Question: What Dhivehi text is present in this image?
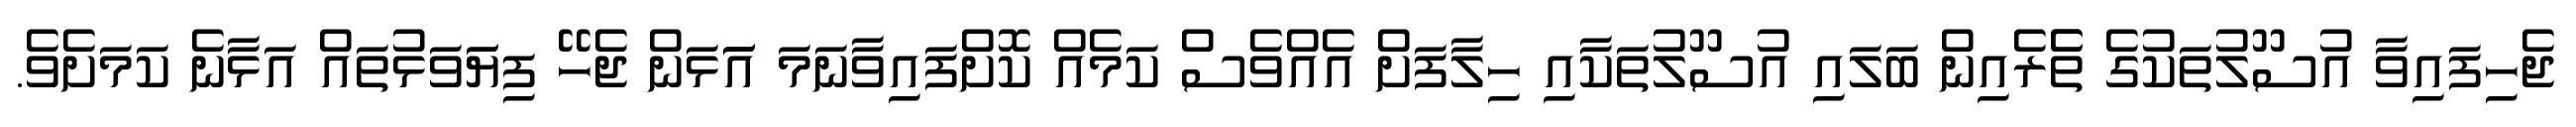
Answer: ޖެހިފައިވާ އުސޫލުތަކުގެ ތެެރެއިން ބަލައި އުސޫލުތަކާއި ހިލާފަށް އެއްވެސް ކަމެއް ކޮށްފައިވާނަމަ އަަަޅަން ޖެހޭ ފިޔަަވަޅުތައް އަޅާނެ ކަމަށެވެ.